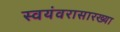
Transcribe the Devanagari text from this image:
स्वयंवरासारख्या